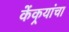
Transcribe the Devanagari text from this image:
केंकर्‍यांचा